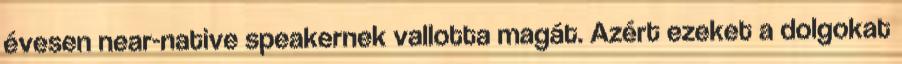
évesen near-native speakernek vallotta magát. Azért ezeket a dolgokat